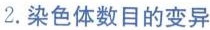
2.染色体数目的变异